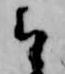
け